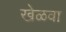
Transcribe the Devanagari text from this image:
खेळवा